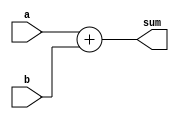
module four_bit_adder (
    input [3:0] a, b,
    output [4:0] sum
);

assign sum = a + b;

endmodule